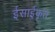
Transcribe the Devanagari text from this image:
ईसाईकृत